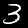
Label: 3